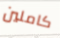
كاملين